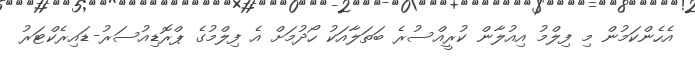
އެހެންކަމުން މި ފިލްމު އިއުލާން ކުރީއްސުރެ ބަތަލާއަކު ހޯދުމަށް އެ ފިލްމުގެ ޕްރޮޑިއުސަރު-ޑައިރެކްޓަރު